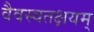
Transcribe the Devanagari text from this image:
वैवस्वतक्षयम्